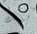
بهذا